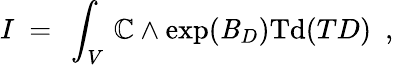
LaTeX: I\ =\ \int_{V}\, \mathbb{C}\wedge\exp(\mathit{B}_{D})\mathrm{{Td}}(TD)\ \ ,